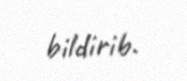
bildirib.